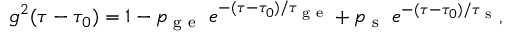
g ^ { 2 } ( \tau - \tau _ { 0 } ) = 1 - p _ { \textrm { g e } } \ e ^ { - ( \tau - \tau _ { 0 } ) / \tau _ { \textrm { g e } } } + p _ { \textrm { s } } \ e ^ { - ( \tau - \tau _ { 0 } ) / \tau _ { \textrm { s } } } ,